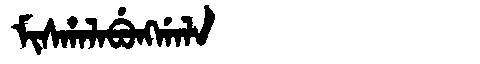
Manchu: ᠮᡳᠰᡥᠠᠯᠠᠪᡠᠩᡤᠠᠯᠠ
Romanization: MISHALABUNGGALA